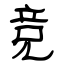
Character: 竞